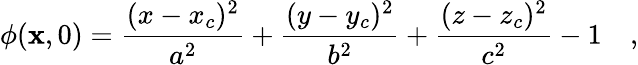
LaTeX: \phi(\mathbf{x},0)=\frac{(x-x_{c})^{2}}{a^{2}}+\frac{(y-y_{c})^{2}}{b^{2}}+\frac{(z-z_{c})^{2}}{c^{2}}-1\quad,